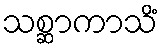
သစ္ဆာကာသိံ